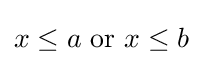
x\leq a{\text{ or }}x\leq b